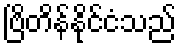
ဗြိတိန်နိုင်ငံသည်